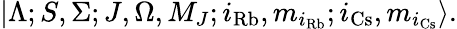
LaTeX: |\Lambda;S,\Sigma;J,\Omega,M_{J};i_{\mathrm{Rb}},m_{i_{\mathrm{Rb}}};i_{\mathrm{Cs}},m_{i_{\mathrm{Cs}}}\rangle.